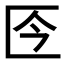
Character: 𠤮